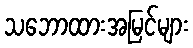
သဘောထားအမြင်များ